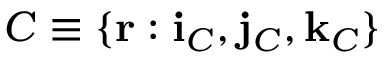
C \equiv \{ \mathbf { r } : \mathbf { i } _ { C } , \mathbf { j } _ { C } , \mathbf { k } _ { C } \}